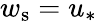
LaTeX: w_{\mathrm{s}}=u_{*}